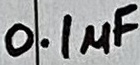
Text: 0.1µF